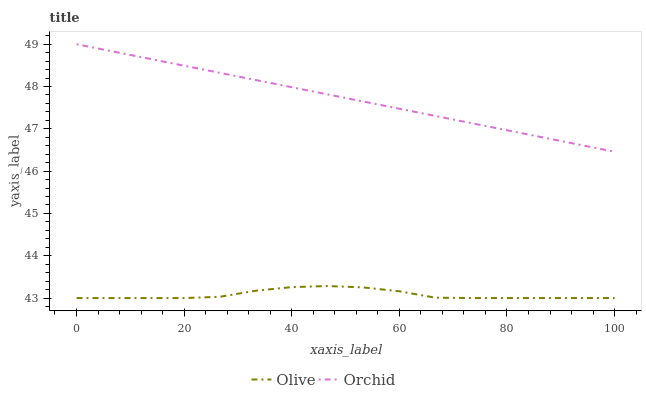
| xaxis_label | Olive | Orchid |
 | --- | --- | --- |
 | 0 | 43 | 49 |
 | 6.67 | 43 | 48.8 |
 | 13.3 | 43 | 48.7 |
 | 20 | 43 | 48.5 |
 | 26.7 | 43 | 48.3 |
 | 33.3 | 43.2 | 48.2 |
 | 40 | 43.3 | 48 |
 | 46.7 | 43.3 | 47.8 |
 | 53.3 | 43.3 | 47.6 |
 | 60 | 43.2 | 47.5 |
 | 66.7 | 43 | 47.3 |
 | 73.3 | 43 | 47.1 |
 | 80 | 43 | 47 |
 | 86.7 | 43 | 46.8 |
 | 93.3 | 43 | 46.6 |
 | 100 | 43 | 46.5 |